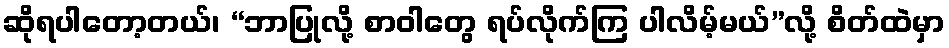
ဆိုရပါတော့တယ်၊ “ဘာပြုလို့ စာဝါတွေ ရပ်လိုက်ကြ ပါလိမ့်မယ်”လို့ စိတ်ထဲမှာ